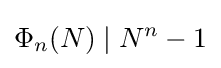
\Phi _{n}(N)\mid N^{n}-1